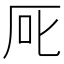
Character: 厑